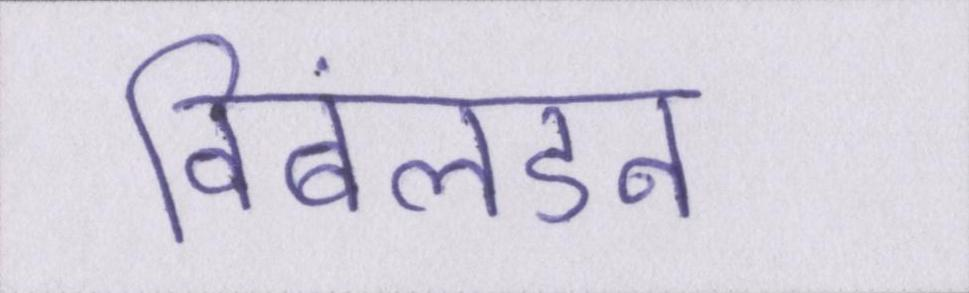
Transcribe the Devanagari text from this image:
विंबलडन